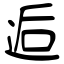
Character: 逅